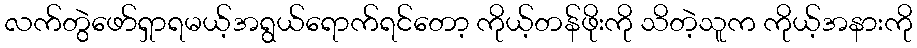
လက်တွဲဖော်ရှာရမယ့်အရွယ်ရောက်ရင်တော့ ကိုယ့်တန်ဖိုးကို သိတဲ့သူက ကိုယ့်အနားကို